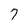
Character: 7